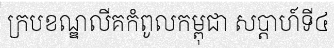
ក្របខណ្ឌលីគកំពូលកម្ពុជា សប្តាហ៍ទី៤